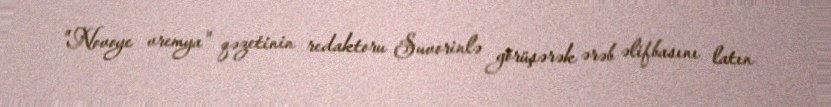
"Novoye vremya" qəzetinin redaktoru Suvorinlə görüşərək ərəb əlifbasını latın